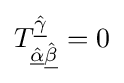
T_{{\hat {\underline {\alpha }}}{\hat {\underline {\beta }}}}^{\hat {\underline {\gamma }}}=0